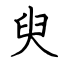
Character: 臾